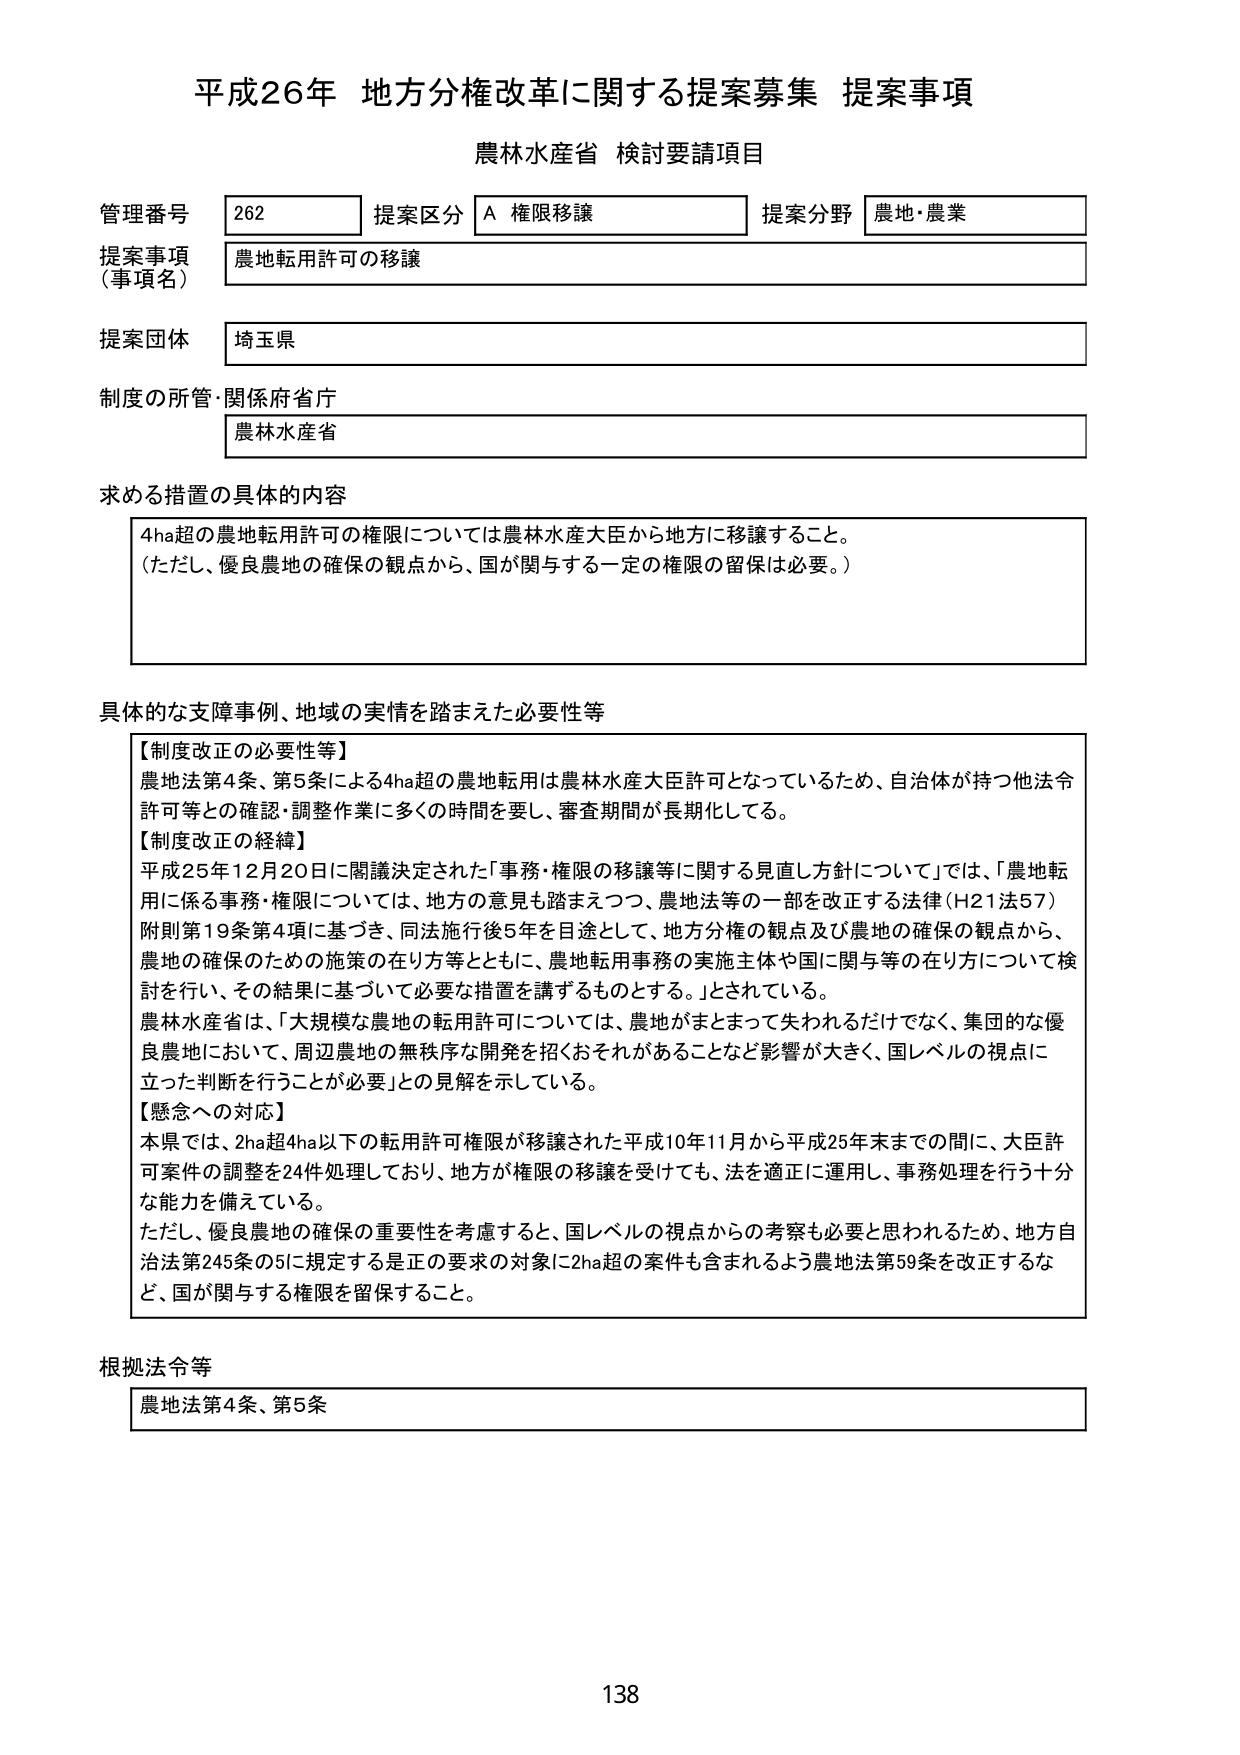
平成26年 地方分権改革に関する提案募集 提案事項
農林水産省 検討要請項目

管理番号 262 提案区分 A 権限移譲 提案分野 農地・農業
提案事項（事項名） 農地転用許可の移譲
提案団体 埼玉県
制度の所管・関係府省庁 農林水産省

求める措置の具体的内容
4ha超の農地転用許可の権限については農林水産大臣から地方に移譲すること。
（ただし、優良農地の確保の観点から、国が関与する一定の権限の留保は必要。）

具体的な支障事例、地域の実情を踏まえた必要性等
【制度改正の必要性等】
農地法第4条、第5条による4ha超の農地転用は農林水産大臣許可となっているため、自治体が持つ他法令許可等との確認・調整作業に多くの時間を要し、審査期間が長期化してる。
【制度改正の経緯】
平成25年12月20日に閣議決定された「事務・権限の移譲等に関する見直し方針について」では、「農地転用に係る事務・権限については、地方の意見も踏まえつつ、農地法等の一部を改正する法律（H21法57）附則第19条第4項に基づき、同法施行後5年を目途として、地方分権の観点及び農地の確保の観点から、農地の確保のための施策の在り方等とともに、農地転用事務の実施主体や国に関与等の在り方について検討を行い、その結果に基づいて必要な措置を講ずるものとする。」とされている。
農林水産省は、「大規模な農地の転用許可については、農地がまとまって失われるだけでなく、集団的な優良農地において、周辺農地の無秩序な開発を招くおそれがあることなど影響が大きく、国レベルの視点に立った判断を行うことが必要」との見解を示している。
【懸念への対応】
本県では、2ha超4ha以下の転用許可権限が移譲された平成10年11月から平成25年末までの間に、大臣許可案件の調整を24件処理しており、地方が権限の移譲を受けても、法を適正に運用し、事務処理を行う十分な能力を備えている。
ただし、優良農地の確保の重要性を考慮すると、国レベルの視点からの考察も必要と思われるため、地方自治法第245条の5に規定する是正の要求の対象に2ha超の案件も含まれるよう農地法第59条を改正するなど、国が関与する権限を留保すること。

根拠法令等
農地法第4条、第5条

138